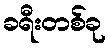
ခရီးတစ်ခု